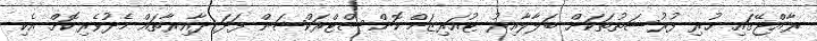
ރާއްޖޭގައި ހުރި ފުރުސަތުތަކަށް ބަލާލާއިރު ޓުއަރިޒަމް ކޮންސްޓްރަކްޝަން ފަދަ ދާއިރާތައް މެދުވެރިކޮށް އެކި